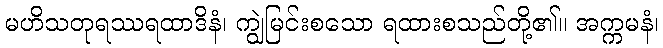
မဟိသတုရဿရထာဒိနံ၊ ကျွဲမြင်းစသော ရထားစသည်တို့၏။ အက္ကမနံ၊